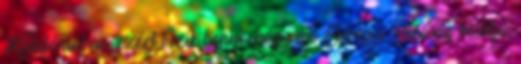
Katalóniában, ezért bízik benne, hogy az Európai Bíróság belátja,